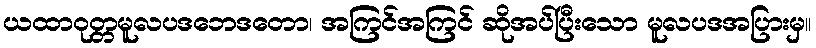
ယထာဝုတ္တမူလပဒဘေဒတော၊ အကြင်အကြင် ဆိုအပ်ပြီးသော မူလပဒအပြားမှ။